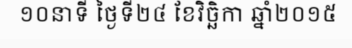
១០នាទី ថ្ងៃទី២៤ ខែវិច្ឆិកា ឆ្នាំ២០១៥